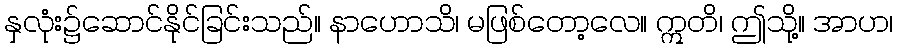
နှလုံး၌ဆောင်နိုင်ခြင်းသည်။ နာဟောသိ၊ မဖြစ်တော့လေ။ ဣတိ၊ ဤသို့။ အာဟ၊